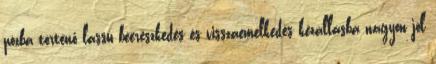
pózba történő lassú beereszkedés és visszaemelkedés kézállásba nagyon jól